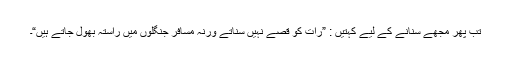
تب پھر مجھے سنانے کے لیے کہتیں : ”رات کو قصے نہیں سناتے ورنہ مسافر جنگلوں میں راستہ بھول جاتے ہیں“۔